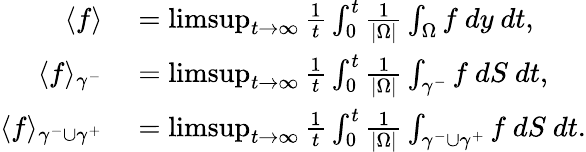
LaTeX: \begin{array}{rl}{\langle f\rangle}&{{}=\operatorname*{limsup}_{t\to\infty}\frac{1}{t}\int_{0}^{t}\frac{1}{|\Omega|}\int_{\Omega}f\ dy\ dt,}\\ {\langle f\rangle_{\gamma^{-}}}&{{}=\operatorname*{limsup}_{t\to\infty}\frac{1}{t}\int_{0}^{t}\frac{1}{|\Omega|}\int_{\gamma^{-}}f\ dS\ dt,}\\ {\langle f\rangle_{\gamma^{-}\cup\gamma^{+}}}&{{}=\operatorname*{limsup}_{t\to\infty}\frac{1}{t}\int_{0}^{t}\frac{1}{|\Omega|}\int_{\gamma^{-}\cup\gamma^{+}}f\ dS\ dt.}\end{array}